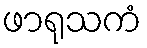
ဖာရုသကံ